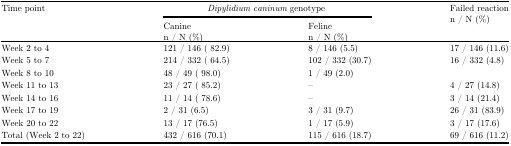
| Time point | <COLSPAN=2> Dipylidium caninum genotype | Failed reactionn / N (%) |
 |  | Caninen / N (%) | Felinen / N (%) |  |
 | --- | --- | --- | --- |
 | Week 2 to 4 | 121 / 146 ( 82.9) | 8 / 146 (5.5) | 17 / 146 (11.6) |
 | Week 5 to 7 | 214 / 332 ( 64.5) | 102 / 332 (30.7) | 16 / 332 (4.8) |
 | Week 8 to 10 | 48 / 49 ( 98.0) | 1 / 49 (2.0) |  |
 | Week 11 to 13 | 23 / 27 ( 85.2) | – | 4 / 27 (14.8) |
 | Week 14 to 16 | 11 / 14 ( 78.6) | – | 3 / 14 (21.4) |
 | Week 17 to 19 | 2 / 31 (6.5) | 3 / 31 (9.7) | 26 / 31 (83.9) |
 | Week 20 to 22 | 13 / 17 (76.5) | 1 / 17 (5.9) | 3 / 17 (17.6) |
 | Total (Week 2 to 22) | 432 / 616 (70.1) | 115 / 616 (18.7) | 69 / 616 (11.2) |